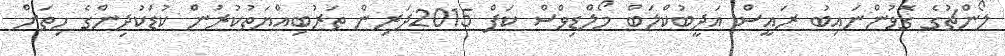
ލޯންޗުގެ ގޮވުންނައިބު ރައީސް އަދީބުކްލަބް މޯލްޑިވްސް ކަޕް 2015ދަރިން ތަރުބިއްޔަތުކުރުން ކުޑަކުދިންގެ ހިތަށް